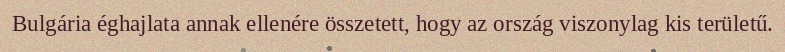
Bulgária éghajlata annak ellenére összetett, hogy az ország viszonylag kis területű.